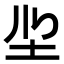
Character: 𭍻